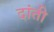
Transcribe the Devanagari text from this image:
दांती